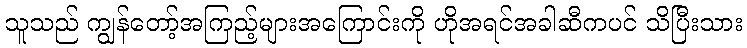
သူသည် ကျွန်တော့်အကြည့်များအကြောင်းကို ဟိုအရင်အခါဆီကပင် သိပြီးသား